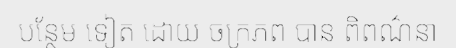
បន្ថែម ទៀត ដោយ ចក្រភព បាន ពិពណ៌នា